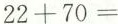
$$2 2 + 7 0 =$$